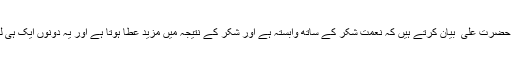
ایک روایت میں آتا ہے، ’’ حضرت علی ؓ بیان کرتے ہیں کہ نعمت شکر کے ساتھ وابستہ ہے اور شکر کے نتیجہ میں مزید عطا ہوتا ہے اور یہ دونوں ایک ہی لڑی میں پروئے ہوئے ہیں۔